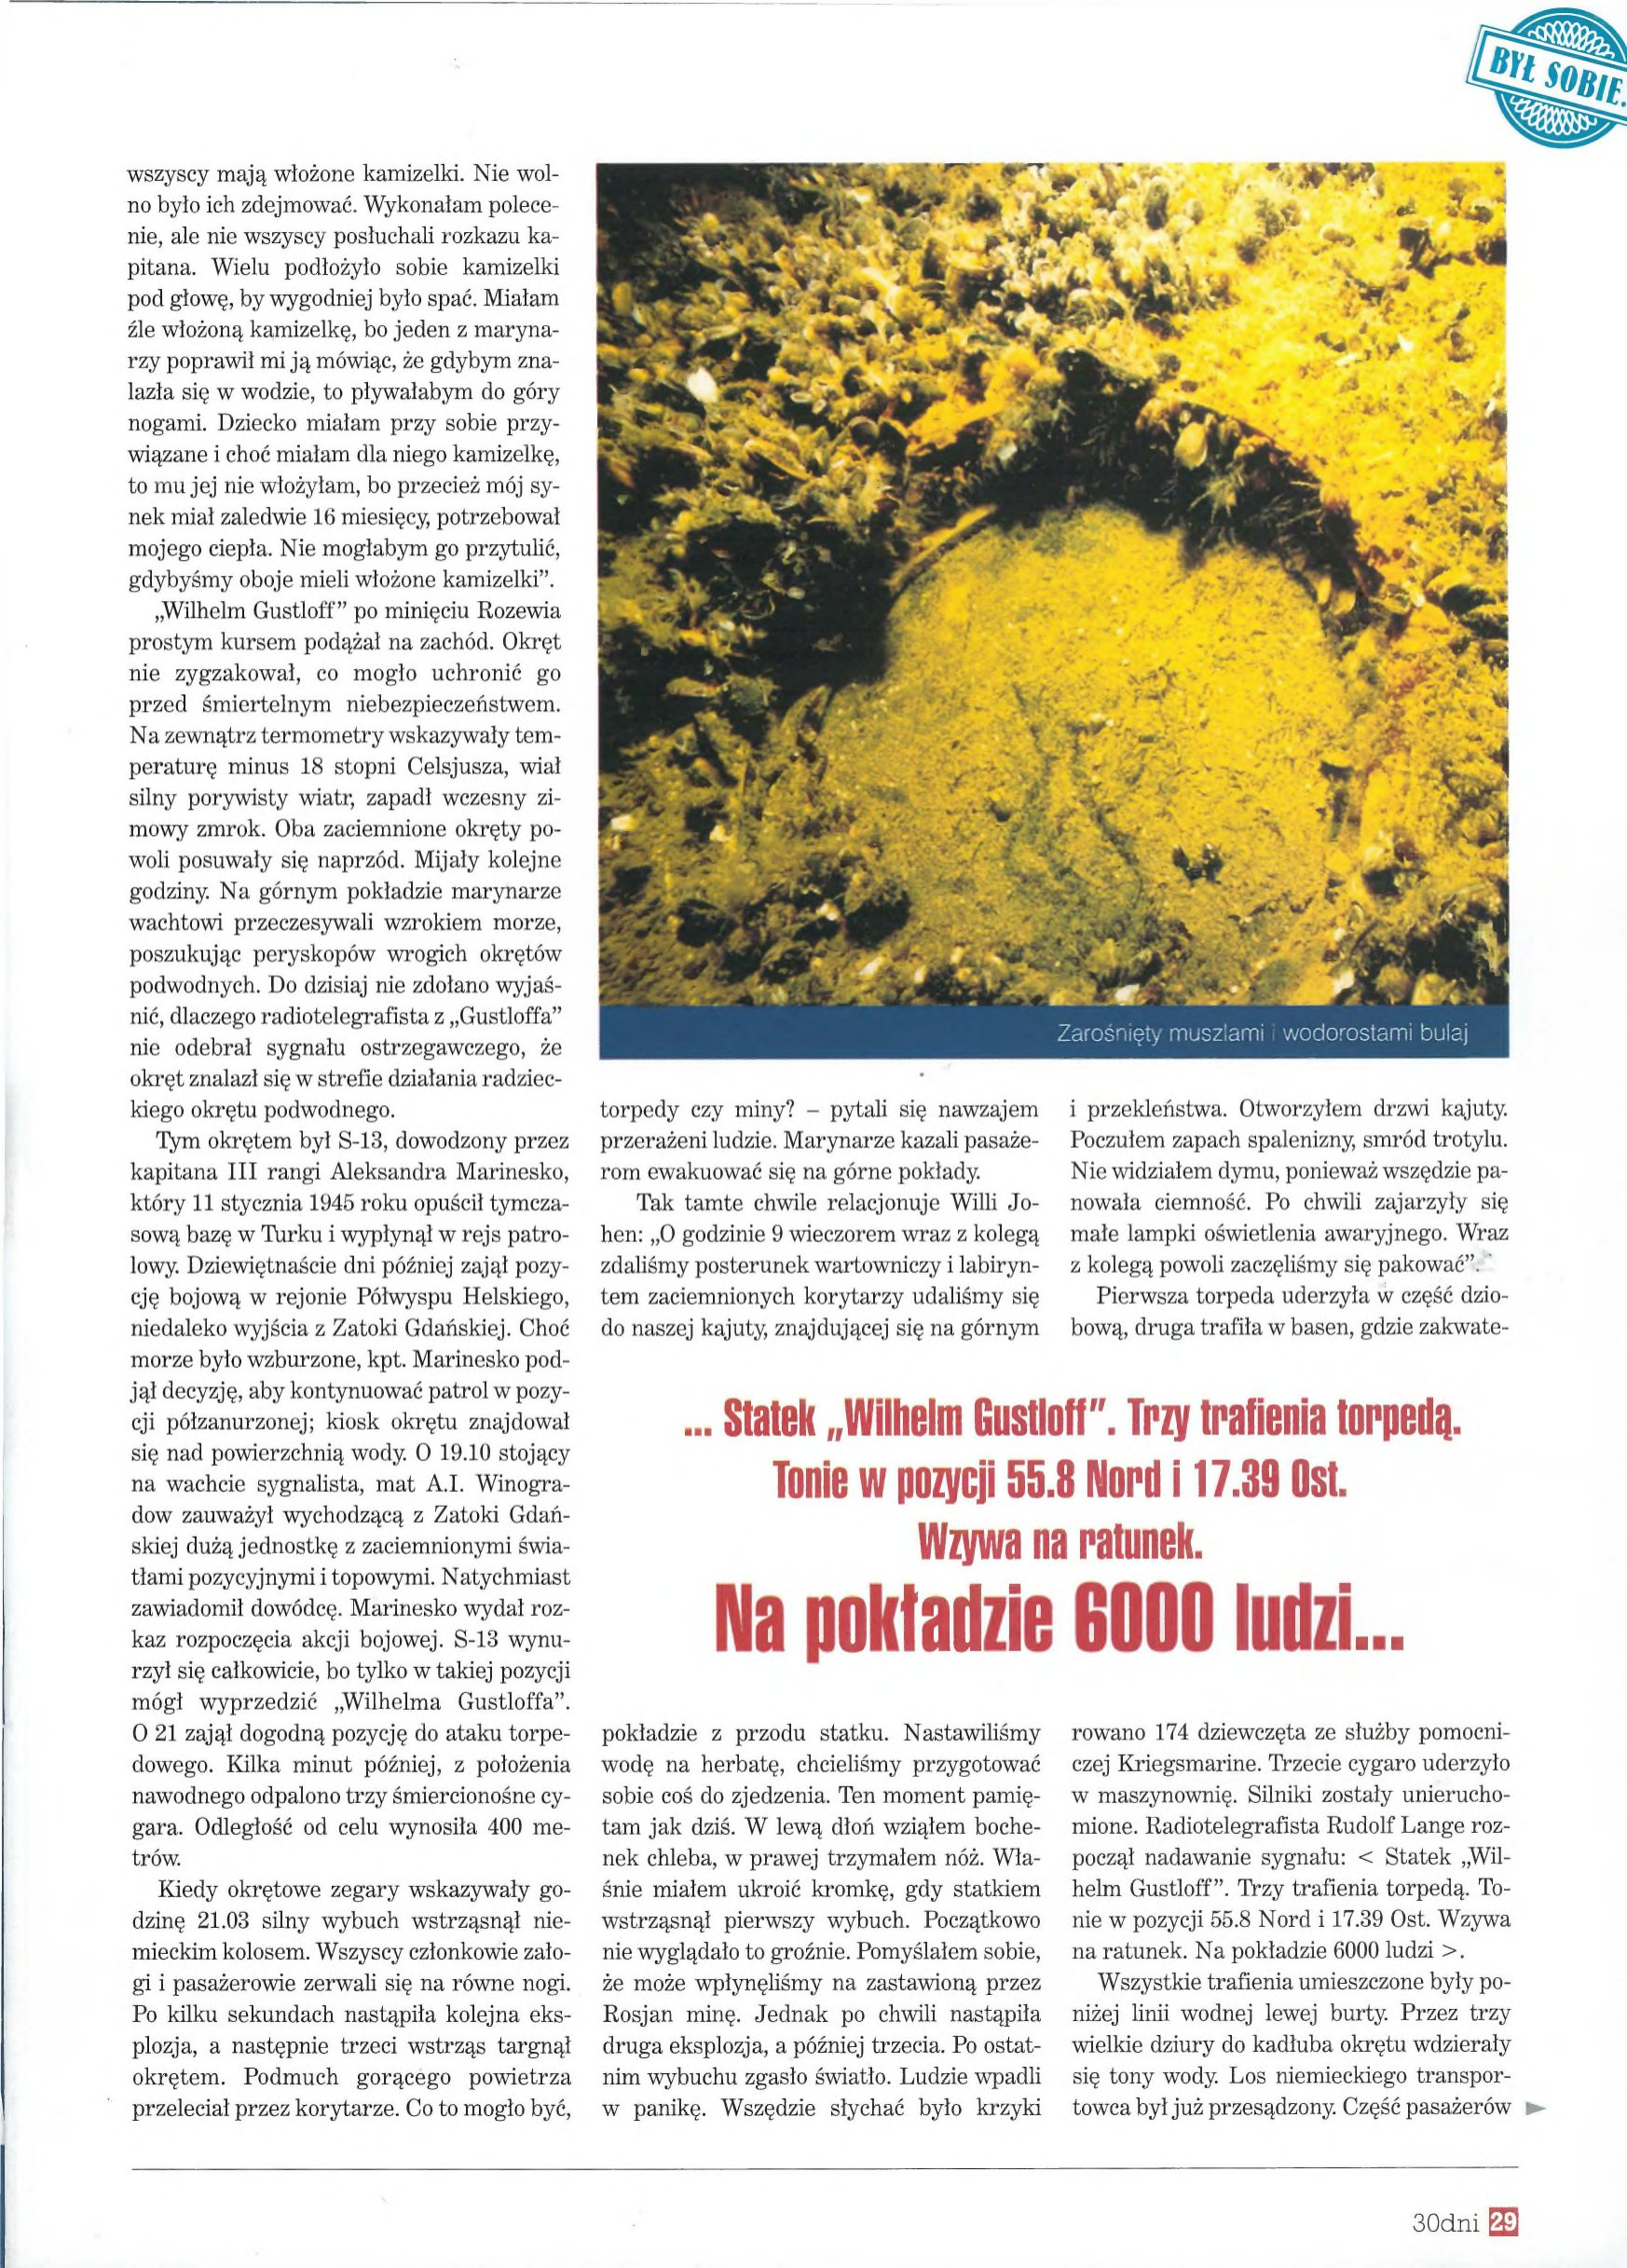
Language: pl